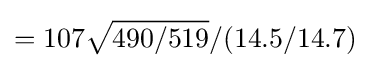
=107{\sqrt {490/519}}/(14.5/14.7)